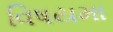
વિષયમા